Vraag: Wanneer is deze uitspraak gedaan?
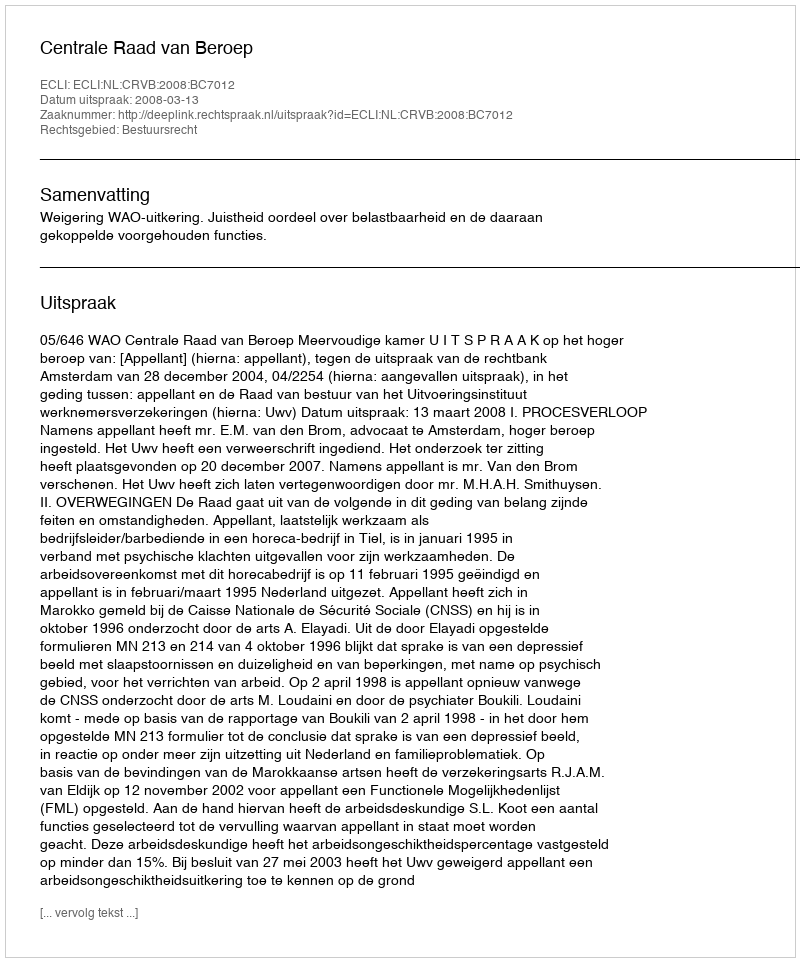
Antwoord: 2008-03-13